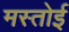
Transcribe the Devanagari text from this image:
मस्तोई